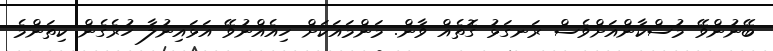
ބޭނުންވޭ މުސްކާންއަށްވެސް ރަނގަޅު ގޮތެއް ވާން. މަންމައަކަށް ހިއެއްނުވޭ އަޅައިނުލާ ހުރެގެން ކިތަންމެ